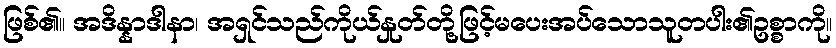
ဖြစ်၏။ အဒိန္နာဒါနာ၊ အရှင်သည်ကိုယ်နှုတ်တို့ဖြင့်မပေးအပ်သောသူတပါး၏ဥစ္စာကို။